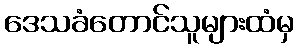
ဒေသခံတောင်သူများထံမှ